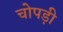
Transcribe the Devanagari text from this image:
चोपड़ी